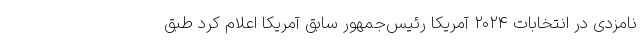
نامزدی در انتخابات ۲۰۲۴ آمریکا رئیس‌جمهور سابق آمریکا اعلام کرد طبق